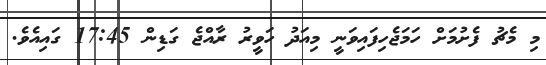
މި މެޗު ފެށުމަށް ހަމަޖެހިފައިވަނީ މިއަދު ހަވީރު ރާއްޖެ ގަޑިން 17:45 ގައިއެވެ.